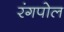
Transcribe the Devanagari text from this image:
रंगपोल